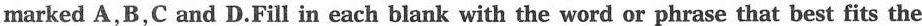
marked A,B,C and D.Fill in each blank with the word or phrase that best fits the